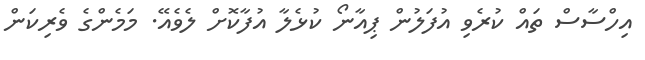
އިހްސާސް ތައް ކުރެވި އުފަލުން ޕިއާނޯ ކުޅެލާ އުފާކޮށް ލެވެއޭ. މަމެންގެ ވެރިކަން